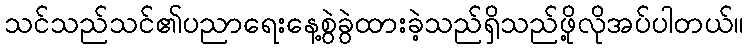
သင်သည်သင်၏ပညာရေးနေ့စွဲခွဲထားခဲ့သည်ရှိသည်ဖို့လိုအပ်ပါတယ်။